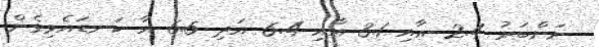
ނަންބަރު 2.4 އާއި 3.1 އާއި 6.4 އަދި 6.5 އާ ކަނޑައެޅިގެން